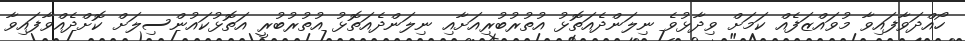
ހޯއްދަވާފައިވާ މުވައްޒަފެއް ކަމަށް ވިދާޅުވެ ނިލަންދެއަތޮޅު އުތުރުބުރިއަށާއި ނިލަންދެއަތޮޅު އުތުރުބުރީ އަތޮޅުކައުންސިލަށް ކޮށްދެއްވާފައިވާ